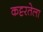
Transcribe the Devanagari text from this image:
कट्टरतेला